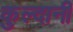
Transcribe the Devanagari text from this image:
कुल्दानी